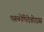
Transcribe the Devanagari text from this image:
परूच्छेपिदेवोदास